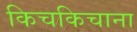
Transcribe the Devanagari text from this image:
किचकिचाना